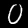
Label: 0